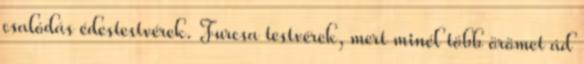
csalódás édestestvérek. Furcsa testvérek, mert minél több örömet ád